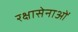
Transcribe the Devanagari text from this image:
रक्षासेनाओं